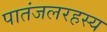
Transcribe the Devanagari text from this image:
पातंजलरहस्य